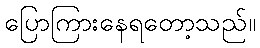
ပြောကြားနေရတော့သည်။